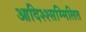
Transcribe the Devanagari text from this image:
आदिश्श्सम्मिलित